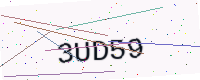
Text: 3UD59